Report on sanitation, dispensaries, and jails in Rajputana for 1916, and on vaccination for the year 1916-1917 - 1916-1917
Year: 1916
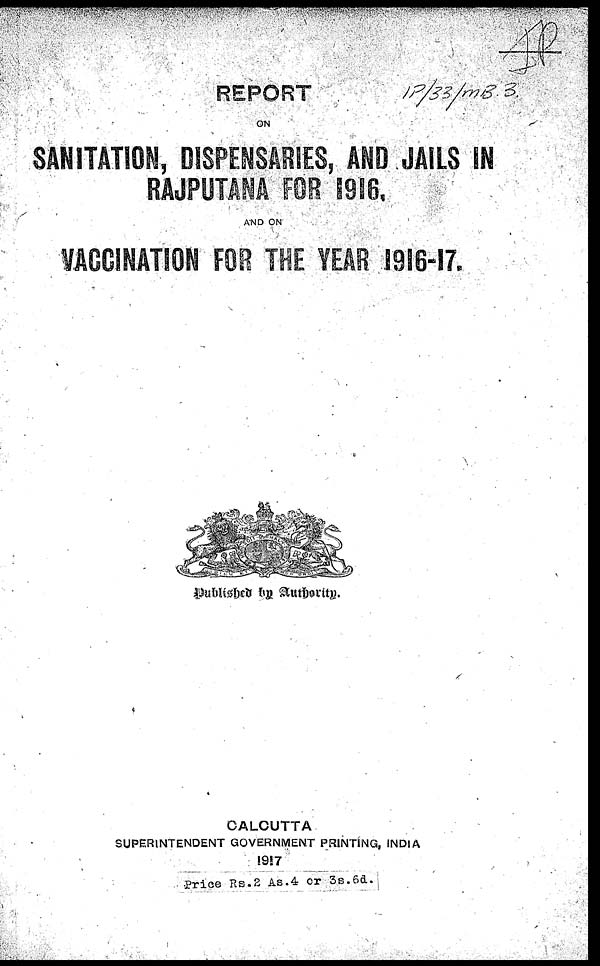
REPORT
ON
SANITATION, DISPENSARIES, AND JAILS IN
AND ON
V ACCINATION FOR THE YEAR 1916-17.
Published by Authority.
CALCUTTA
SUPERINTENDENT GOVERNMENT PRINTING, INDIA
1917
Price Rs.2 As.4 or 3s.6d.